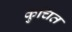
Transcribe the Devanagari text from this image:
कुचित